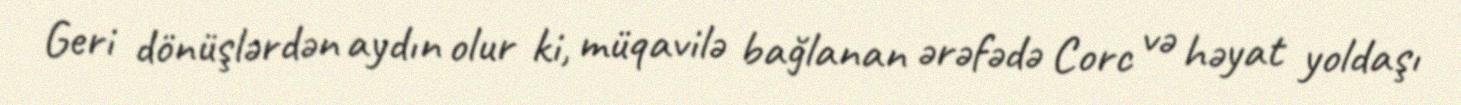
Geri dönüşlərdən aydın olur ki, müqavilə bağlanan ərəfədə Corc və həyat yoldaşı